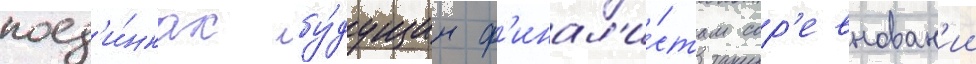
поед'и́нках бу́дущим ф'инал'и́стам сор'евнован'ии